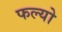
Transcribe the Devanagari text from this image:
फल्‍यो